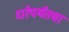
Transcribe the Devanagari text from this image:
धरेपर्यंतचा